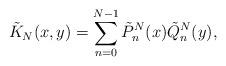
LaTeX: \begin{align*} \tilde{K}_N(x,y)=\sum_{n=0}^{N-1} \tilde{P}^N_n(x)\tilde{Q}^N_n(y) ,\end{align*}